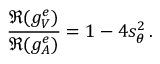
\frac { \Re ( g _ { V } ^ { e } ) } { \Re ( g _ { A } ^ { e } ) } = 1 - 4 s _ { \theta } ^ { 2 } \, .